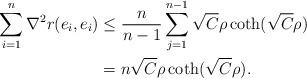
LaTeX: \begin{align*} \sum_{i=1}^n \nabla ^2 r(e_i, e_i) &\le \frac{n}{n-1} \sum_{j=1}^{n-1} \sqrt C \rho \coth (\sqrt C \rho) \\&= n \sqrt C \rho \coth (\sqrt C \rho) .\\\end{align*}